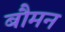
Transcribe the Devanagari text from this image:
बौमन